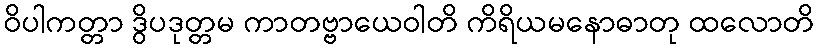
ဝိပါကတ္တာ ဒွိပဒုတ္တမ ကာတဗ္ဗာယေဝါတိ ကိရိယမနောဓာတု ထလောတိ